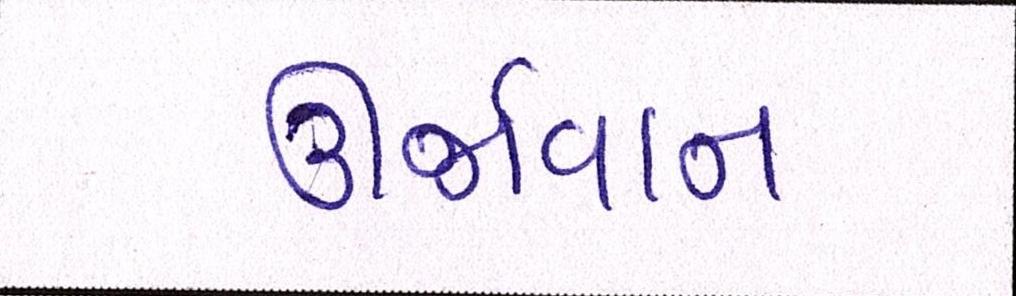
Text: ઊર્જાવાન